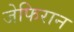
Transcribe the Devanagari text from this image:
जेफिरान